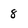
Character: 8